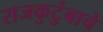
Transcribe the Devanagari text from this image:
राजकुटुंबाचे